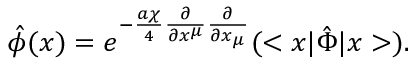
\hat { \phi } ( x ) = e ^ { - \frac { a { \chi } } { 4 } { \frac { \partial } { { \partial } x ^ { \mu } } } { \frac { \partial } { { \partial } x _ { \mu } } } } ( < x | { \hat { \Phi } } | x > ) .